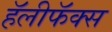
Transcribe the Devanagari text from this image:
हॅलीफॅक्स